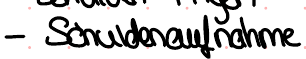
- Schuldenaufnahme